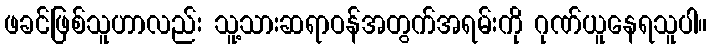
ဖခင်ဖြစ်သူဟာလည်း သူ့သားဆရာဝန်အတွက်အရမ်းကို ဂုဏ်ယူနေရသူပါ။